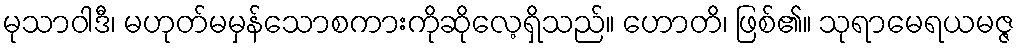
မုသာဝါဒီ၊ မဟုတ်မမှန်သောစကားကိုဆိုလေ့ရှိသည်။ ဟောတိ၊ ဖြစ်၏။ သုရာမေရယမဇ္ဇ